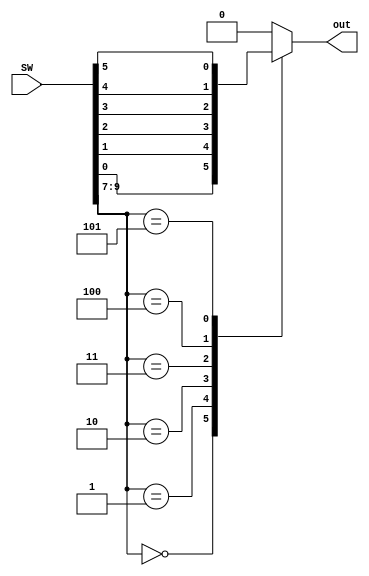
module mux6to1 (SW, out);
input [9:0] SW;          
output reg out;         
 
	always @ (*) 
	begin
      	case (SW[9:7])
        	3'b000 : out = SW[0];
        	3'b001 : out = SW[1];
        	3'b010 : out = SW[2];
        	3'b011 : out = SW[3];
		3'b100 : out = SW[4];
		3'b101 : out = SW[5];
		default : out = 1'b0;
     	endcase
   	end
endmodule